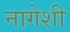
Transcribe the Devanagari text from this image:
नागेशी